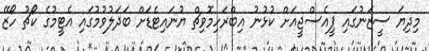
މިދިޔަ ސީޒަނުގައި ޕީއެސްޖީއަށް ކުޅުނު އިބްރަހިމޮވިޗް ޔުނައިޓެޑަށް ބަދަލުވުމުގައި އެޓީމުގެ ކޯޗު ހޯޒޭ